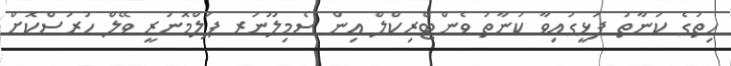
ހިތުގެ ކަނާތު ފަޅީގައިވާ ކަނާތު ވެންޓްރިކްލް އިން ސެމިލޫނަރ ޕަލްމޮނަރީ ވޭލް ހުރަސްކޮށް